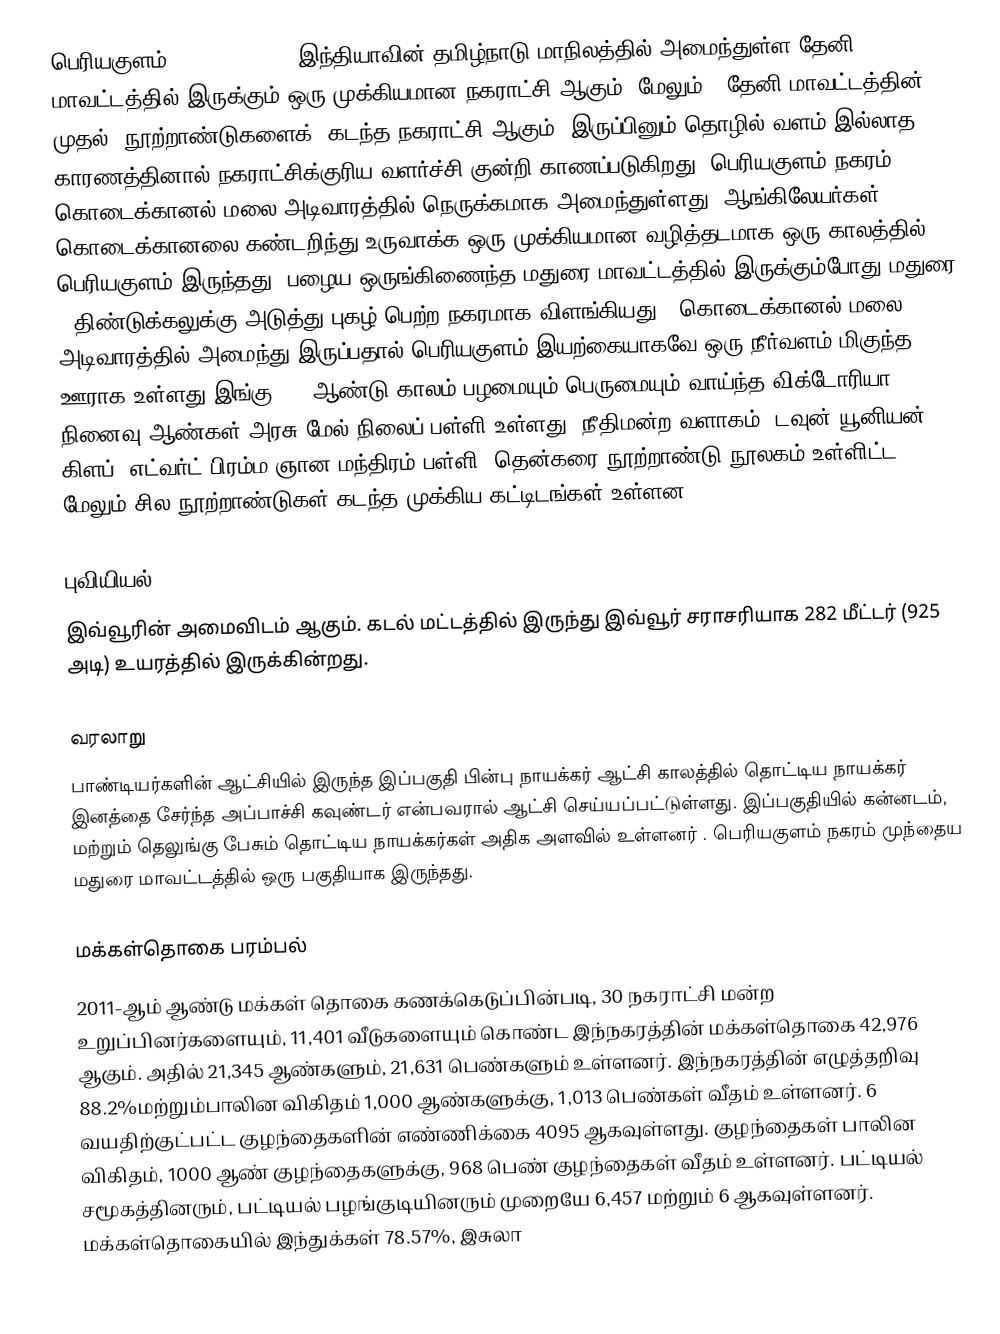
பெரியகுளம் (Periyakulam), இந்தியாவின் தமிழ்நாடு மாநிலத்தில் அமைந்துள்ள தேனி மாவட்டத்தில் இருக்கும் ஒரு முக்கியமான நகராட்சி ஆகும். மேலும் , தேனி மாவட்டத்தின் முதல் 'நூற்றாண்டுகளைக்' கடந்த நகராட்சி ஆகும். இருப்பினும் தொழில் வளம் இல்லாத காரணத்தினால் நகராட்சிக்குரிய வளர்ச்சி குன்றி காணப்படுகிறது. பெரியகுளம் நகரம் கொடைக்கானல் மலை அடிவாரத்தில் நெருக்கமாக அமைந்துள்ளது. ஆங்கிலேயர்கள் கொடைக்கானலை கண்டறிந்து உருவாக்க ஒரு முக்கியமான வழித்தடமாக ஒரு காலத்தில் பெரியகுளம் இருந்தது. பழைய ஒருங்கிணைந்த மதுரை மாவட்டத்தில் இருக்கும்போது மதுரை , திண்டுக்கலுக்கு அடுத்து புகழ் பெற்ற நகரமாக விளங்கியது . கொடைக்கானல் மலை அடிவாரத்தில் அமைந்து இருப்பதால் பெரியகுளம் இயற்கையாகவே ஒரு நீர்வளம் மிகுந்த ஊராக உள்ளது.இங்கு 100 ஆண்டு காலம் பழமையும் பெருமையும் வாய்ந்த விக்டோரியா நினைவு ஆண்கள் அரசு மேல் நிலைப் பள்ளி உள்ளது. நீதிமன்ற வளாகம், டவுன் யூனியன் கிளப், எட்வர்ட் பிரம்ம ஞான மந்திரம் பள்ளி, தென்கரை நூற்றாண்டு நூலகம் உள்ளிட்ட மேலும் சில நூற்றாண்டுகள் கடந்த முக்கிய கட்டிடங்கள் உள்ளன.

புவியியல்
இவ்வூரின் அமைவிடம்  ஆகும். கடல் மட்டத்தில் இருந்து இவ்வூர் சராசரியாக 282 மீட்டர் (925 அடி) உயரத்தில் இருக்கின்றது.

வரலாறு
பாண்டியர்களின் ஆட்சியில் இருந்த இப்பகுதி பின்பு நாயக்கர் ஆட்சி காலத்தில் தொட்டிய நாயக்கர் இனத்தை சேர்ந்த அப்பாச்சி கவுண்டர்  என்பவரால் ஆட்சி செய்யப்பட்டுள்ளது. இப்பகுதியில் கன்னடம், மற்றும் தெலுங்கு பேசும் தொட்டிய நாயக்கர்கள் அதிக அளவில் உள்ளனர் .  பெரியகுளம் நகரம் முந்தைய மதுரை மாவட்டத்தில் ஒரு பகுதியாக இருந்தது.

மக்கள்தொகை பரம்பல்
2011-ஆம் ஆண்டு மக்கள் தொகை கணக்கெடுப்பின்படி,  30 நகராட்சி மன்ற உறுப்பினர்களையும், 11,401 வீடுகளையும் கொண்ட இந்நகரத்தின் மக்கள்தொகை 42,976 ஆகும். அதில் 21,345 ஆண்களும், 21,631 பெண்களும் உள்ளனர்.   இந்நகரத்தின் எழுத்தறிவு 88.2%மற்றும்பாலின விகிதம் 1,000 ஆண்களுக்கு, 1,013 பெண்கள் வீதம் உள்ளனர். 6 வயதிற்குட்பட்ட குழந்தைகளின் எண்ணிக்கை 4095 ஆகவுள்ளது. குழந்தைகள் பாலின விகிதம்,  1000 ஆண் குழந்தைகளுக்கு, 968 பெண் குழந்தைகள் வீதம் உள்ளனர். பட்டியல் சமூகத்தினரும், பட்டியல் பழங்குடியினரும்  முறையே 6,457   மற்றும் 6  ஆகவுள்ளனர். மக்கள்தொகையில் இந்துக்கள் 78.57%,  இசுலா